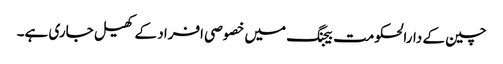
چین کے دارالحکومت بیجنگ میں خصوصی افراد کے کھیل جاری ہے۔